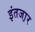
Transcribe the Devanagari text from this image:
इंतजा़र